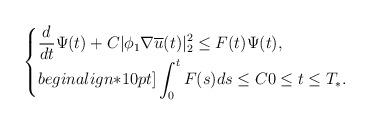
LaTeX: \begin{align*}\begin{cases}\displaystyle\frac{d}{dt}\Psi(t)+C|\phi_1\nabla \overline{u}(t)|^2_2\leq F(t)\Psi (t),\\begin{align*}10pt]\displaystyle\int_{0}^{t}F(s)ds\leq C 0\leq t\leq T_*.\end{cases}\end{align*}